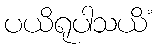
ပယိရုပါသယိံ